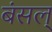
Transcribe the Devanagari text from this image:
बंसल्